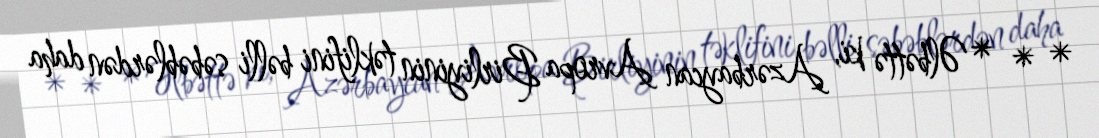
* * *Əlbəttə ki, Azərbaycan Avropa Birliyinin təklifini bəlli səbəblərdən daha